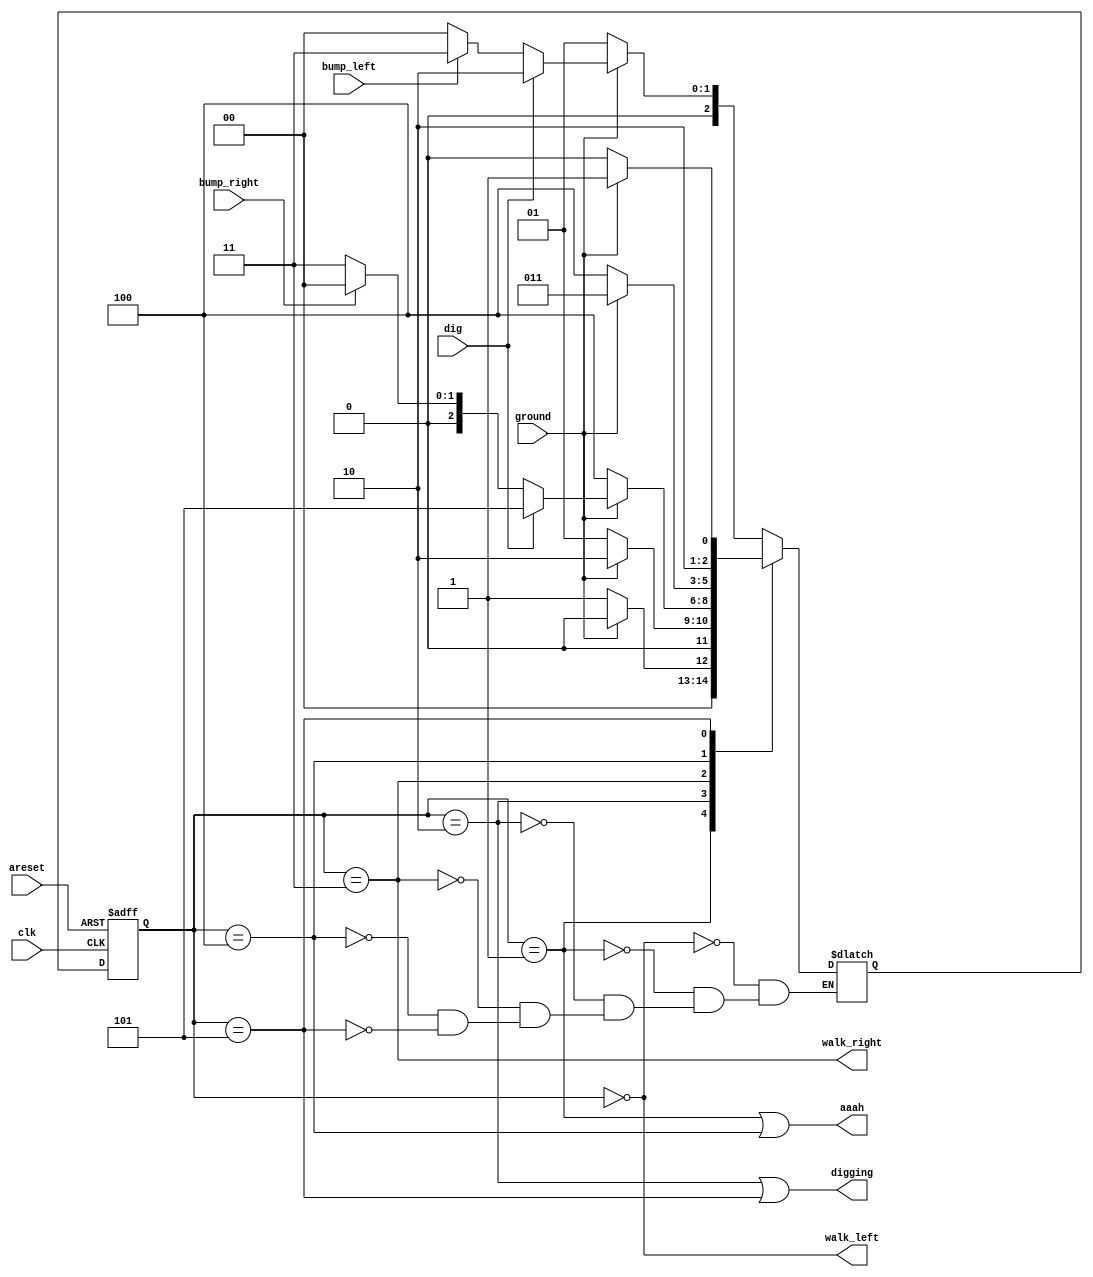
module top_module(
    input clk,
    input areset,    // Freshly brainwashed Lemmings walk left.
    input bump_left,
    input bump_right,
    input ground,
    input dig,
    output walk_left,
    output walk_right,
    output aaah,
    output digging ); 
    parameter LEFT_W=0, LEFT_F=1, LEFT_DIG =2, RIGHT_W=3, RIGHT_F=4, RIGHT_DIG=5 ;//, ...
	reg [2:0] state, next_state;	

    always @(*) begin
        // State transition logic
        case(state)
            LEFT_W: next_state<=(~ground)?LEFT_F:(dig)?LEFT_DIG:(bump_left)?RIGHT_W:LEFT_W;
            LEFT_F: next_state<=(ground)?LEFT_W:LEFT_F;
            LEFT_DIG: next_state<=(~ground)?LEFT_F:LEFT_DIG;
            RIGHT_W: next_state<=(~ground)?RIGHT_F:(dig)?(RIGHT_DIG):(bump_right)?LEFT_W:RIGHT_W;
            RIGHT_F: next_state<=(ground)?RIGHT_W:RIGHT_F;
            RIGHT_DIG: next_state<=(~ground)?RIGHT_F:RIGHT_DIG;
        endcase            
    end

    always @(posedge clk, posedge areset) begin
        // State flip-flops with asynchronous reset
        if(areset)
            state<=LEFT_W;
        else
            state<=next_state;
    end

    // Output logic
    assign aaah = (state == LEFT_F || state == RIGHT_F);
    assign walk_left = (state == LEFT_W);
    assign walk_right = (state == RIGHT_W);
	assign digging = (state == LEFT_DIG || state == RIGHT_DIG);


endmodule